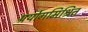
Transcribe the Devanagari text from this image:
प्रयोगमिश्रित